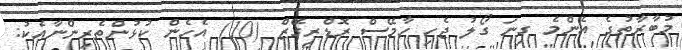
މުބާރާތުގެ އެންމެ ގިނަ ގޯލު ޖެހި ހާމޭސް ރޮޑްރިގޭޒް (10) އެހެން ކުޅުންތެރިންނާއެކު: